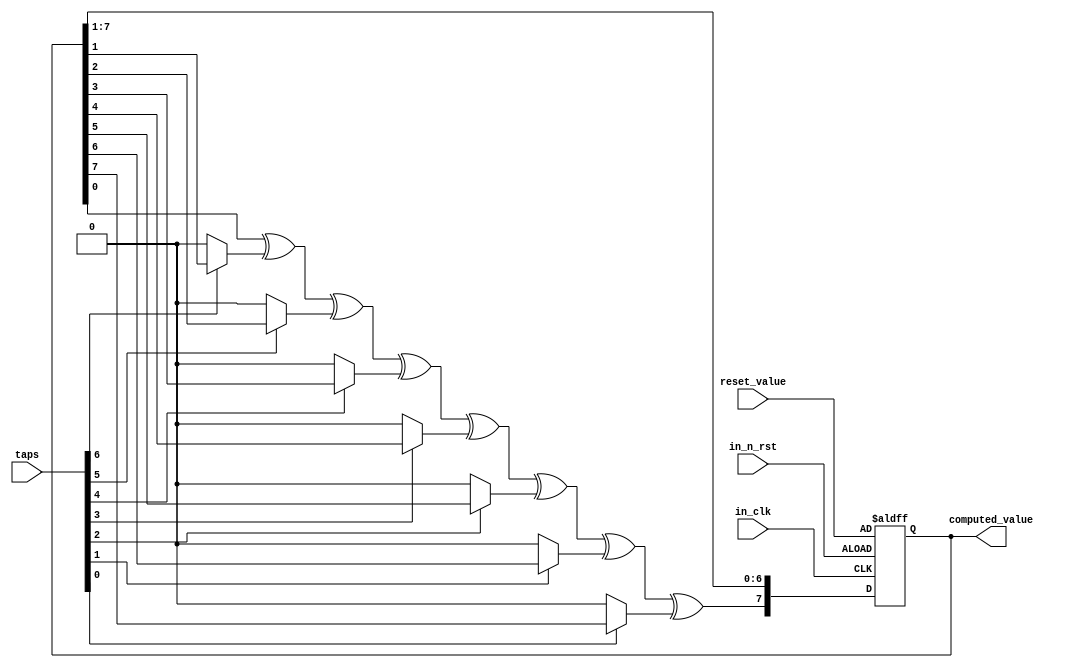
/**
* Linear feedback shift register.
* 
* An LFSR is probably the simplest pseudo-random number generator.
* 
* When correctly configured with a maximal length polynomial, it
* will generate a series of numbers with width "n" bits and 
* with a period (2^n)-1
* (-1 because 0 value in an invalid value, as it would set the 
* generator in a all-zeroes state).
*
* I used the LFSR in SW when I needed a _very_ simple pseudo 
* number generator, that would not require MULT or DIV
* operations. To confirm my understanding of how it works,
* I thought about implementing it in RTL that is BTW 
* very simple.
*
*/

module lfsr(
    input   in_clk,
    input   in_n_rst,
    input   [7:0] taps,
    input   [7:0] reset_value,
    output  reg [7:0] computed_value);

    
    always @ (posedge in_clk, negedge in_n_rst)
    begin
        if (!in_n_rst)
        begin
            computed_value <= reset_value;
        end
        else
        begin
            computed_value <= computed_value >> 1;
            computed_value[7] <= computed_value[0] ^
                                 ((taps[6]) ? computed_value[1] : 0) ^
                                 ((taps[5]) ? computed_value[2] : 0) ^
                                 ((taps[4]) ? computed_value[3] : 0) ^
                                 ((taps[3]) ? computed_value[4] : 0) ^
                                 ((taps[2]) ? computed_value[5] : 0) ^
                                 ((taps[1]) ? computed_value[6] : 0) ^
                                 ((taps[0]) ? computed_value[7] : 0);
        end
    end
endmodule 


module lfsr_testbench;
    reg clk;
    reg n_rst;
    reg [7:0] test_taps;
    reg [7:0] test_reset_value;
    wire [7:0] test_computed_value;
    integer posedgectr;

    lfsr lfsr_iut(.in_clk(clk),
                  .in_n_rst(n_rst),
                  .taps(test_taps),
                  .reset_value(test_reset_value),
                  .computed_value(test_computed_value));
    initial
    begin
        #0 
        $monitor("LFSR (clkcycle=%d): %d", posedgectr, test_computed_value);
        $dumpfile("test.lxt");
	    $dumpvars(0, lfsr_testbench);

        n_rst  = 1;
        clk    = 0;
        posedgectr= 0;

        #10
        test_reset_value = 8'hAA;
        test_taps = 8'hB8;
        n_rst = 0;

        #10
        n_rst = 1;

        #512
        $finish;
    end

    always #1 begin
        clk = !clk;
        if (clk) posedgectr = posedgectr + 1;
    end
endmodule